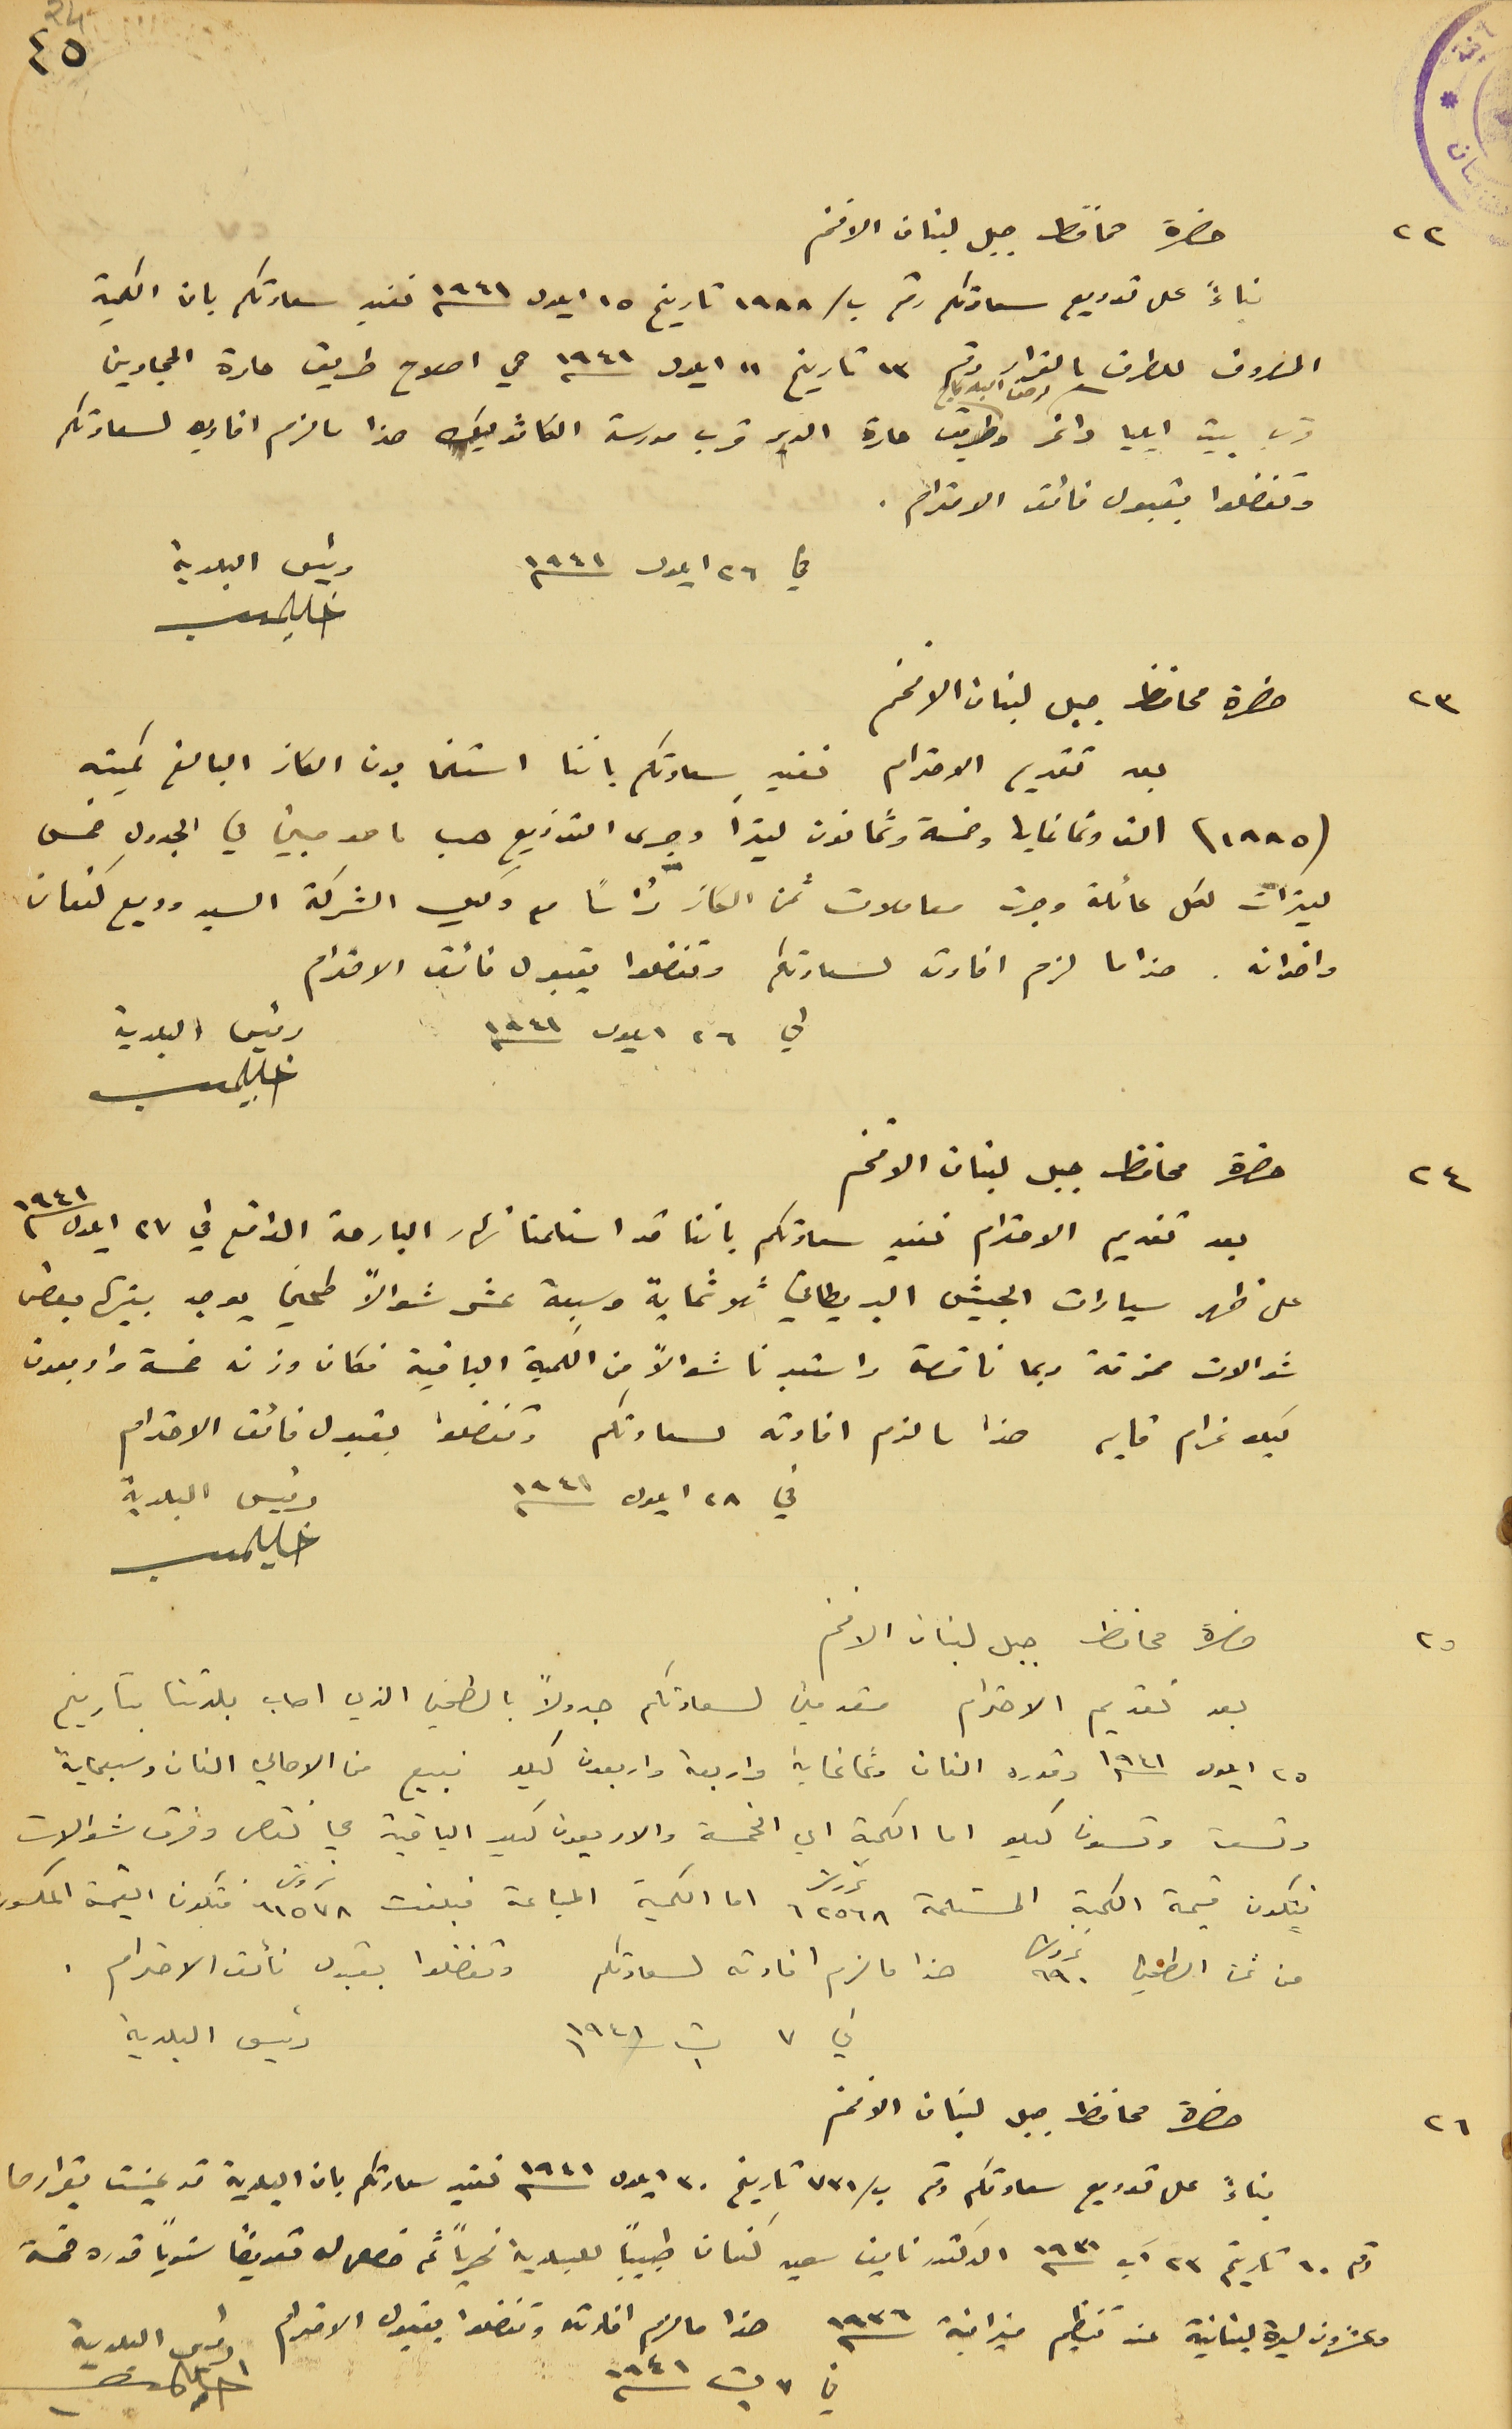
حضرة محافط جبل لبنان الافخم
بناءً على توريع سعادتكم رقم ب/١٩٨٨ تاريخ ١٥ ايلول سنه ١٩٤١ نفيد سعادتكم بان الكمية
المصروف للطرق بالقرار رقم ١٣ تاريخ ١١ ايلول سنه ١٩٤١ هي اصلاح طريق حارة الحجارين
قرب بيت ايليا داغر وطريق حارة الدير قرب مدرسة الكاثوليك هذا ما لزم افاد به لسعادتكم
وتفضلوا بقبول فائق الاحترام.
في ٢٦ ايلول سنه ١٩٤١
حضرة محافظ جبل لبنان الافخم
بعد تقديم الاحترام نفيد سعادتكم باننا استلمنا الكاز البالغ كميته
(١٨٨٥) الف وثمانماية وخمسة وثمانون ليترًا وجرى التوزيع حسب ما هو مبين في الجدول خمس
ليترات لكل عائلة وجرت معاملات ثمن الكاز رأساً مع وكيل الشركة السيد وديع كنعان
واخوانه. هذا ما لزم افادته لسعادتكم وتفضلوا بقبول فائق الاحترام.
   في ٢٦ ايلول سنه ١٩٤١
حضرة محافظ جبل لبنان الافخم
بعد تقديم الاحترام نفيد سعادتكم باننا قد استلمنا نهار البارحة الواقع في ٢٧ ايلول سنه ١٩٤١
على ظهر سيارات الجيش البريطاني ثلاثماية وسبعة عشر شوالاً طحين يوجد بينها بعض
شوالات ممزقة ربما ناقصة واستعدنا شوالاً من الكمية الباقية فكان وزنه خمسة واربعون
كيلو غرام قايم هذا ما لزم افادته لسعادتكم وتفضلوا بقبول فائق الاحترام
في ٢٨ ايلول سنه ١٩٤١
حضرة محافظ جبل لبنان الافخم
بعد تقديم الاحترام مقدمين لسعادتكم جدولاً بالطحين الذي اصاب بلدتنا بتاريخ
٢٥ ايلول ١٩٤١ وقدره الفان وثمانماية واربعة واربعون كيلو فبيع من الاهالي الفان وسبعماية
وتسعة وتسعون كيلو اما الكمية اي الخمسة والاربعون كيلو الباقية هي نقص وفرق شوالات
فتكون قيمة الكمية المستلمة ٦٢٥٦٨ غروش اما الكمية المباعة فبلغت ٦١٥٧٨ غروش فتكون القيمة المكسور
من ثمن الطحين ٩٩٠ غروش هذا ما لزم افادته لسعادتكم وتفضلوا بقبول فائق الاحترام .
في ٧ ت١ سنه ١٩٤١
 ٤
بناءً على توريع سعادتكم رقم ب/ ٧٣١ تاريخ ٣٠ ايلول سنه ١٩٤١ نفيد سعادتكم بان البلدية قد عينت بقرارها
رقم ١٠ تاريخ ٢٣ آب سنه ١٩٣١ الدكتور نايف سعيد كنعان طبيباً للبلدية نهرياً ثم حصل له تعويضاً سنوياً قدره خمسَة
رئيس البلدية
حضرة محافظ جبل لبنان الافخم
وعشرون ليرة لبنانية عند تنظيم ميزانية سنه ١٩٣٦ هذا ما لزم افادته وتفضلوا بقبول الاحترام رئيس البلدية
في ٧ ت١ سنه ١٩٤١
رئيس البلدية
٤٥
٢٢
٢٣
٢٤
٢٥
٢٦
رئيس البلدية
رئيس البلدية